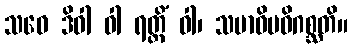
သဝေ ဒိဝါ ဝါ ရတ္တိံ ဝါ၊ သမာဓိမဓိဂစ္ဆတိ။